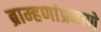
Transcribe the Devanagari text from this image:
ब्राम्हणांप्रमाणे